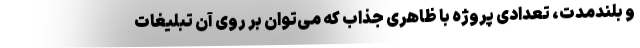
و بلندمدت، تعدادی پروژه با ظاهری جذاب که می‌توان بر روی آن تبلیغات